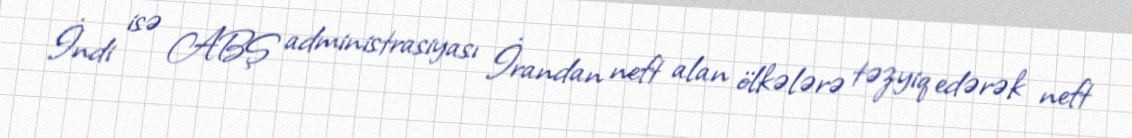
İndi isə ABŞ administrasiyası İrandan neft alan ölkələrə təzyiq edərək neft